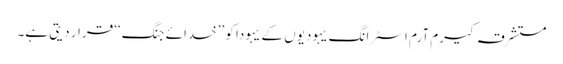
مستشرقہ کیرم آرم اسٹرانگ یہودیوں کے یہودا کو ’’خدائے جنگ‘‘ قرار دیتی ہے۔